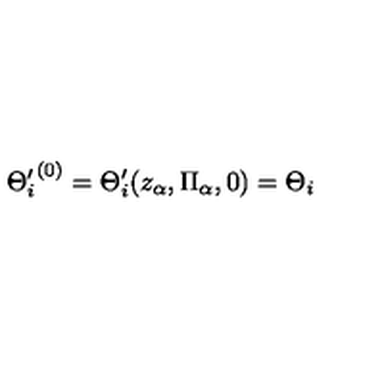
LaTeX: { \Theta _ { i } ^ { \prime } } ^ { ( 0 ) } = \Theta _ { i } ^ { \prime } ( z _ { \alpha } , \Pi _ { \alpha } , 0 ) = \Theta _ { i }